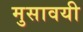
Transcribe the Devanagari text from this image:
मुसावयी